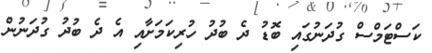
ކަސްޓަމްސް ގުދަނުގައި ބޮޑު ދެ ބުދު ހުރިކަމަށާއި އެ ދެ ބުދު ގުދަނުން